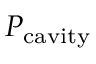
P _ { \mathrm { c a v i t y } }